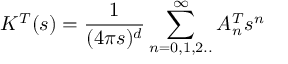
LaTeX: K ^ { T } ( s ) = { \frac { 1 } { ( 4 \pi s ) ^ { d } } } \sum _ { n = 0 , 1 , 2 . . } ^ { \infty } A _ { n } ^ { T } s ^ { n }